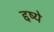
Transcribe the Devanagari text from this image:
द्दष्ये